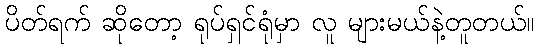
ပိတ်ရက် ဆိုတော့ ရုပ်ရှင်ရုံမှာ လူ များမယ်နဲ့တူတယ်။